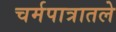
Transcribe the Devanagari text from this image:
चर्मपात्रातले